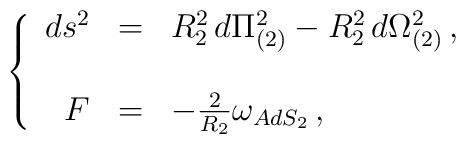
\left\{  \begin{array}{rcl}ds^{2} & = & R_{2}^{2}\,  d\Pi_{(2)}^{2} -R_{2}^{2}\, d\Omega_{(2)}^{2}\, , \\& & \\F & = & -\frac{2}{R_{2}}\omega_{AdS_{2}}\, ,\\  \end{array}\right.